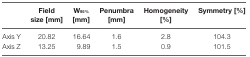
<table><thead><tr><td></td><td><b>Field size [mm]</b></td><td><b>W<sub>95%</sub> [mm]</b></td><td><b>Penumbra [mm]</b></td><td><b>Homogeneity [%]</b></td><td><b>Symmetry [%]</b></td></tr></thead><tbody><tr><td>Axis Y</td><td>20.82</td><td>16.64</td><td>1.6</td><td>2.8</td><td>104.3</td></tr><tr><td>Axis Z</td><td>13.25</td><td>9.89</td><td>1.5</td><td>0.9</td><td>101.5</td></tr></tbody></table>